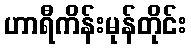
ဟာရီကိန်းမုန်တိုင်း